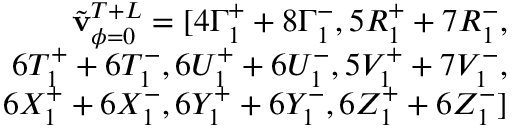
\begin{array} { r } { \Tilde { \mathbf { v } } _ { \phi = 0 } ^ { T + L } = [ 4 \Gamma _ { 1 } ^ { + } + 8 \Gamma _ { 1 } ^ { - } , 5 R _ { 1 } ^ { + } + 7 R _ { 1 } ^ { - } , } \\ { 6 T _ { 1 } ^ { + } + 6 T _ { 1 } ^ { - } , 6 U _ { 1 } ^ { + } + 6 U _ { 1 } ^ { - } , 5 V _ { 1 } ^ { + } + 7 V _ { 1 } ^ { - } , } \\ { 6 X _ { 1 } ^ { + } + 6 X _ { 1 } ^ { - } , 6 Y _ { 1 } ^ { + } + 6 Y _ { 1 } ^ { - } , 6 Z _ { 1 } ^ { + } + 6 Z _ { 1 } ^ { - } ] } \end{array}